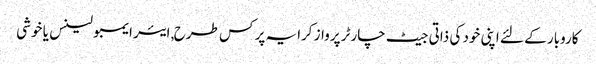
کاروبار کے لئے اپنی خود کی ذاتی جیٹ چارٹر پرواز کرایہ پر کس طرح, ایئر ایمبولینس یا خوشی